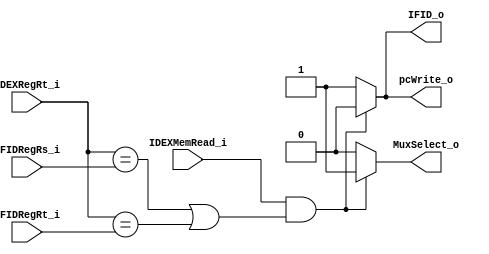
module Hazard_Detection(
    IFIDRegRs_i,
    IFIDRegRt_i,
    IDEXMemRead_i,
    IDEXRegRt_i,
    pcWrite_o,
    IFID_o,
    MuxSelect_o
);

input IDEXMemRead_i;
input [4:0] IFIDRegRs_i, IFIDRegRt_i, IDEXRegRt_i;
output pcWrite_o, IFID_o, MuxSelect_o;

reg pcWrite_o, IFID_o, MuxSelect_o;

always@(IFIDRegRs_i, IFIDRegRt_i, IDEXMemRead_i, IDEXRegRt_i)
begin
    if(IDEXMemRead_i && (IDEXRegRt_i == IFIDRegRs_i || IDEXRegRt_i == IFIDRegRt_i))
    begin
        pcWrite_o = 0;
        IFID_o = 0;
        MuxSelect_o = 1;
    end
    else
    begin
        pcWrite_o = 1;
        IFID_o = 1;
        MuxSelect_o = 0;
    end
end


endmodule